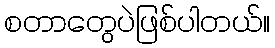
စတာတွေပဲဖြစ်ပါတယ်။